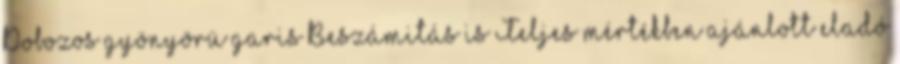
Dobozos gyönyörü garis Beszámitás is Teljes mértékben ajánlott eladó